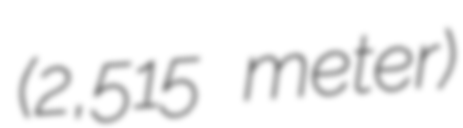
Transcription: (2,515 meter)